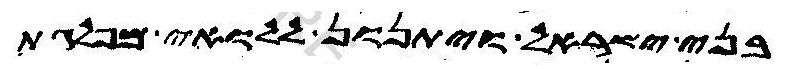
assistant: בני ישראל ויתנון ללואי מפלגת